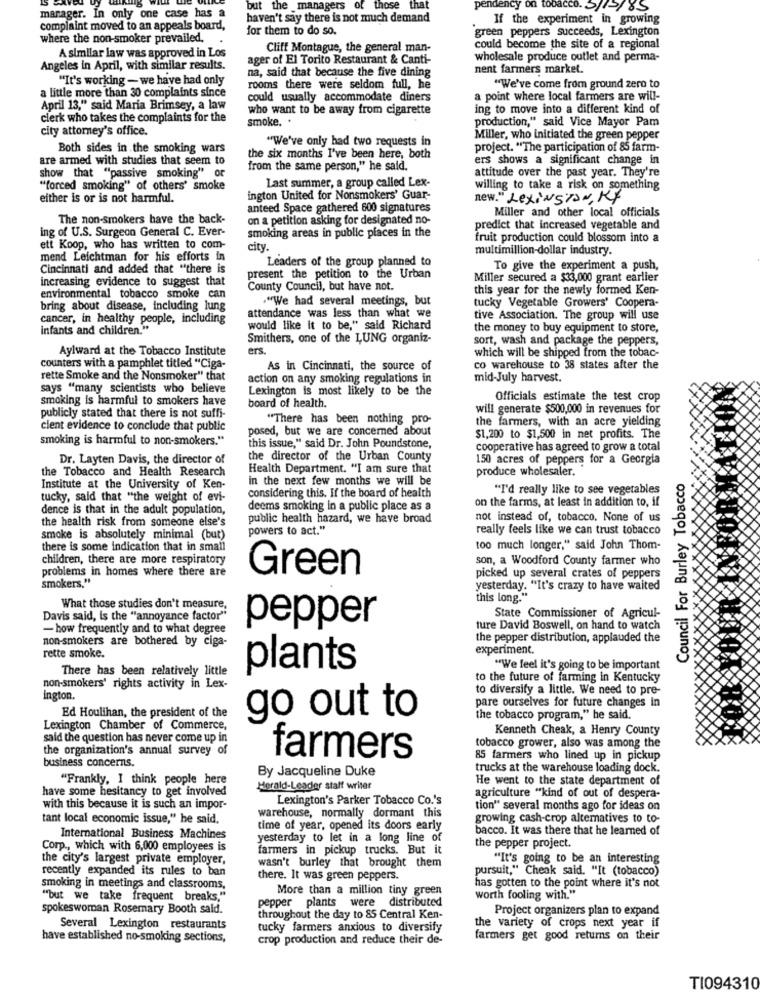
manager. In only one case has a
but the _managers of those
that
pendency on tobacco. /-/8S
haven't say there is not much demand
If the experiment in growing
complaint moved to an appeals board,
for them to do so.
green peppers succeeds, Lexington
where the non-smoker prevailed.
Cliff Montague, the general man-
could become the site of a regional
A similar law was approved in Los
ager of El Torito Restaurant & Canti-
wholesale produce outlet and perma-
Angeles in April, with similar results.
nent farmers market.
"It's working - we have had only
na, said that because the five dining
a little more than 30 complaints since
rooms there were seldom full, he
"We've come from ground zero to
could usually accommodate diners
a point where local farmers are will-
April 13," said Maria Brimsey, a law
who want to be away from cigarette
ing to move into a different kind of
clerk who takes the complaints for the
smoke. .
production," said Vice Mayor Pam
city attorney's office.
"We've only had two requests in
Miller, who Initiated the green pepper
Both sides in the smoking wars
project. "The participation of 85 farm-
are armed with studies that seem to
the six months I've been here, both
ers shows a significant change in
from the same person," he said.
attitude over the past year. They're
show that "passive smoking"
Last summer, a group called Lex-
"forced smoking" of others' smoke
willing to take a risk on something
either is or is not harmful.
ington United for Nonsmokers' Guar-
new." Lexington, RF
anteed Space gathered 600 signatures
Miller and other local officials
The non-smokers have the back-
on a petition asking for designated no-
ing of U.S. Surgeon General C. Ever-
smoking areas in public places in the
predict that increased vegetable and
fruit production could blossom into a
ett Koop, who has written to com-
city.
multimillion-dollar industry.
mend Leichtman for his efforts in
Leaders of the group planned to
Cincinnati and added that "there is
To give the experiment a push,
increasing evidence to suggest that
present the petition to the Urban
Miller secured a $33,000 grant earlier
County Council, but have not.
this year for the newly formed Ken-
environmental tobacco smoke can
."We had several meetings, but
tucky Vegetable Growers' Coopera-
bring about disease, including lung
cancer, in healthy people, including
attendance was less than what we
tive Association. The group will use
infants and children."
would like it to be," said Richard
the money to buy equipment to store,
Smithers, one of the LUNG organiz-
sort, wash and package the peppers,
Aylward at the Tobacco Institute
ers.
which will be shipped from the tobac-
counters with a pamphlet titled "Ciga-
As in Cincinnati, the source of
co warehouse to 38 states after the
rette Smoke and the Nonsmoker" that
action on any smoking regulations in
mid-July harvest.
says "many scientists who believe
Lexington is most likely to be the
smoking is harmful to smokers have
Officials estimate the test crop
board of health.
will generate $500,000 in revenues for
publicly stated that there is not suffi-
"There has been nothing pro-
the farmers, with an acre yielding
cient evidence to conclude that public
posed, but we are concerned about
smoking is harmful to non-smokers."
$1,200 to $1,500 in net profits. The
this issue," said Dr. John Poundstone,
cooperative has agreed to grow a total
Dr. Layten Davis, the director of
the director of the Urban County
150 acres of peppers for a Georgia
the Tobacco and Health Research
Health Department. "I am sure that
produce wholesaler.
in the next few months we will be
Council For Burley Tobacco
Institute at the University of Ken-
considering this. If the board of health
"I'd really like to see vegetables
tucky, said that "the weight of evi-
on the farms, at least in addition to, il
dence is that in the adult population,
deems smoking in a public place as a
the health risk from someone else's
public health hazard, we have broad
not instead of, tobacco. None of us
powers to act."
really feels like we can trust tobacco
smoke is absolutely minimal (but)
there is some indication that in small
too much longer," said John Thom-
children, there are more respiratory
son, a Woodford County farmer who
problems in homes where there are
Green
smokers."
picked up several crates of peppers
yesterday. "It's crazy to have waited
this long."
What those studies don't measure,
Davis said, is the "annoyance factor'
State Commissioner of Agricul-
- how frequently and to what degree
pepper
ture David Boswell, on hand to watch
non-smokers are bothered by ciga-
the pepper distribution, applauded the
experiment
rette smoke.
There has been relatively little
plants
"We leel it's going to be important
to the future of farming in Kentucky
non-smokers' rights activity in Lex-
to diversify a little. We need to pre-
ington.
Ed Houlihan, the president of the
pare ourselves for future changes in
go out to
the tobacco program," he said.
Lexington Chamber of Commerce,
Kenneth Cheak, a Henry County
said the question has never come up in
the organization's annual survey of
tobacco grower, also was among the
business concerns.
farmers
85 farmers who lined up in pickup
By Jacqueline Duke
trucks at the warehouse loading dock.
"Frankly, I think people here
He went to the state department of
have some hesitancy to get involved
Herald-Leader staff writer
Lexington's Parker Tobacco Co.'s
agriculture "kind of out of despera-
with this because it is such an impor-
warehouse, normally dormant this
tion" several months ago for ideas on
tant local economic issue," he said.
growing cash-crop alternatives to to-
time of year, opened its doors early
bacco. It was there that he learned of
International Business Machines
yesterday to let in a long line of
Corp ., which with 6,000 employees is
farmers in pickup trucks. But it
the pepper project.
the city's largest private employer,
"It's going to be an interesting
recently expanded its rules to ban
wasn't burley that brought them
pursuit," Cheak said. "It (tobacco)
there. It was green peppers.
smoking in meetings and classrooms,
More than a million tiny green
has gotten to the point where it's not
"but we take frequent breaks."
pepper plants were distributed
worth fooling with."
spokeswoman Rosemary Booth said.
Project organizers plan to expand
throughout the day to 85 Central Ken-
Several Lexington restaurants
tucky farmers anxious to diversify
the variety of crops next year if
have established no-smoking sections,
crop production and reduce their de-
farmers get good returns on their
TI094310